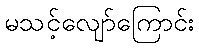
မသင့်လျော်ကြောင်း